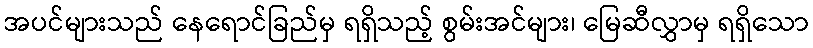
အပင်များသည် နေရောင်ခြည်မှ ရရှိသည့် စွမ်းအင်များ၊ မြေဆီလွှာမှ ရရှိသော